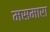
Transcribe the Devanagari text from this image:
मसमारा